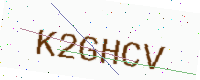
Text: K2GHCV